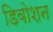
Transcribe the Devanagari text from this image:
डिवोशन